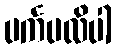
ပင်္ကပလိပါ